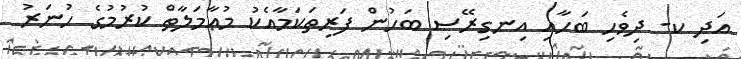
އަދި ކ- ދިވެހި ބަހާއި އިނގިރޭސި ބަހުން ފަރިތަކަމާއެކު މުޢާމަލާތް ކުރުމުގެ ހުނަރު